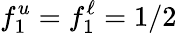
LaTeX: f_{1}^{u}=f_{1}^{\ell}=1/2